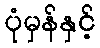
ပုံမှန်နှင့်